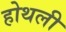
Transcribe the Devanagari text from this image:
होथली